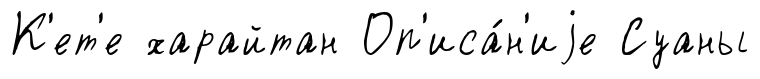
К'ет'е харайтан Оп'иса́н'иjе Суаны